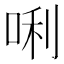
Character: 唎